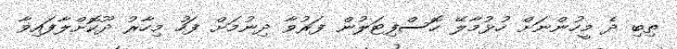
ތިބި ދެ މީހުންނަށް ހުޅުމާލޭ ހޮސްފިޓަލުން ފަރުވާ ދިނުމަށް ފަހު މިހާރު ދޫކޮށްލާފައިވާ